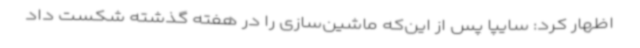
اظهار کرد: سایپا پس از این‌که ماشین‌سازی را در هفته گذشته شکست داد